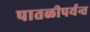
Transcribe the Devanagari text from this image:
पातळीपर्यन्त